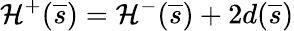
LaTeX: {\cal H}^{+}(\overline{{s}})={\cal H}^{-}(\overline{{s}})+2d(\overline{{s}})